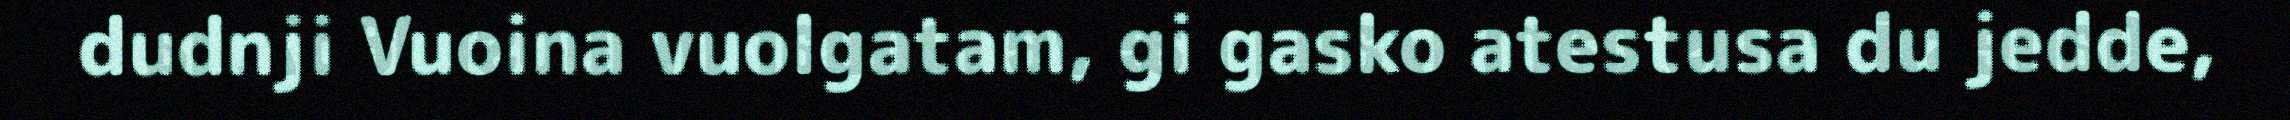
dudnji Vuoina vuolgatam, gi gasko atestusa du jedde,